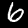
Label: 6